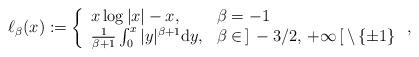
LaTeX: \begin{align*}\ell_{\beta}(x):=\left\{\begin{array}{ll} x\log|x|-x, &\beta=-1 \\ \frac{1}{\beta+1}\int_0^x|y|^{\beta+1}{\rm d}y, &\beta\in\,]\,-3/2,\,+\infty\,[\,\setminus\,\{\pm1\}\end{array}\right.,\end{align*}